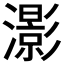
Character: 𤂖